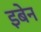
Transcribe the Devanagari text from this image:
इबेन